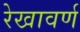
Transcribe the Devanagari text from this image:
रेखावर्ण